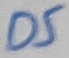
Text: D5